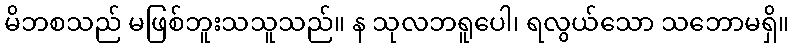
မိဘစသည် မဖြစ်ဘူးသသူသည်။ န သုလဘရူပေါ၊ ရလွယ်သော သဘောမရှိ။